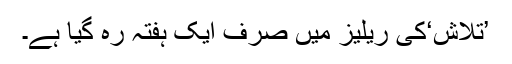
’تلاش‘کی ریلیز میں صرف ایک ہفتہ رہ گیا ہے۔